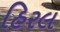
હિરલ